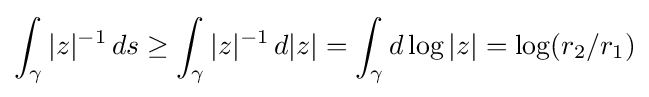
\int _{\gamma }|z|^{-1}\,ds\geq \int _{\gamma }|z|^{-1}\,d|z|=\int _{\gamma }d\log |z|=\log(r_{2}/r_{1})